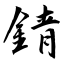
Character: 錆